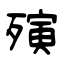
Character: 殥